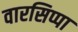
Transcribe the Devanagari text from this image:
वारसिप्पा